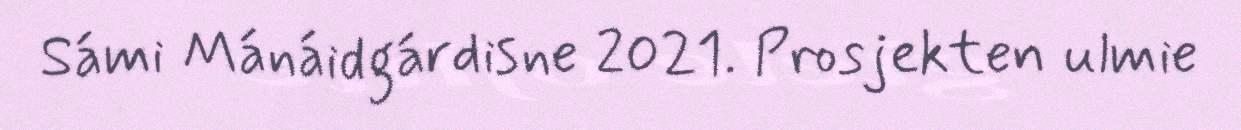
Sámi Mánáidgárdisne 2021. Prosjekten ulmie